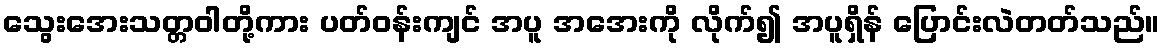
သွေးအေးသတ္တဝါတို့ကား ပတ်ဝန်းကျင် အပူ အအေးကို လိုက်၍ အပူရှိန် ပြောင်းလဲတတ်သည်။